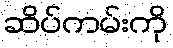
ဆိပ်ကမ်းကို